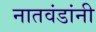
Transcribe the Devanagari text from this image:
नातवंडांनी